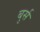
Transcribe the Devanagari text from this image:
बुर्स